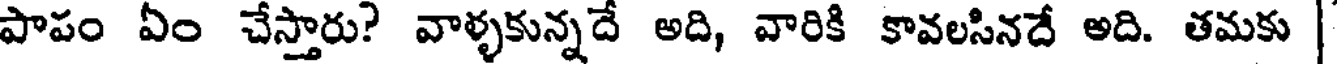
పాపం ఏం చేస్తారు? వాళ్ళకున్నదే అది, వారికి కావలసినదే అది. తమకు |